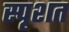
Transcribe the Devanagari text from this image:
स्पृशत